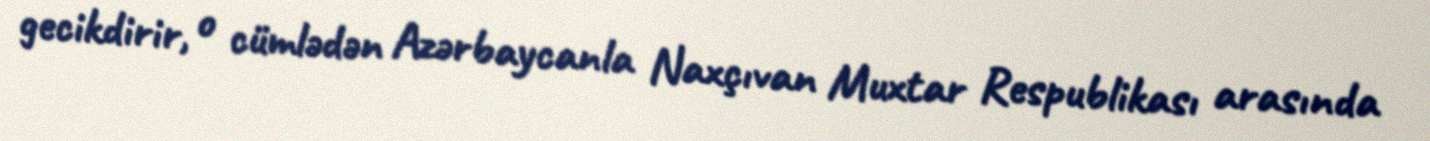
gecikdirir, o cümlədən Azərbaycanla Naxçıvan Muxtar Respublikası arasında